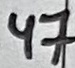
Text: .47